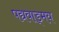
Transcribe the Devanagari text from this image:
पद्यवाड्मय